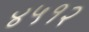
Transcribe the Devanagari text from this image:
४५१२